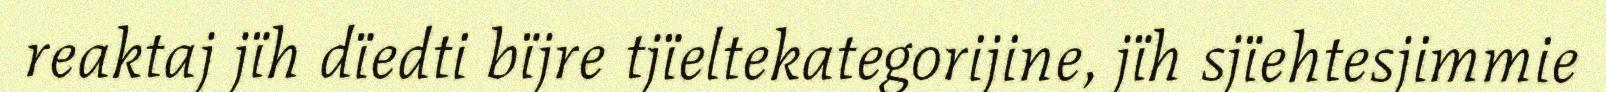
reaktaj jïh dïedti bïjre tjïeltekategorijine, jïh sjïehtesjimmie